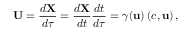
\mathbf { U } = { \frac { d \mathbf { X } } { d \tau } } = { \frac { d \mathbf { X } } { d t } } { \frac { d t } { d \tau } } = \gamma ( \mathbf { u } ) \left( c , \mathbf { u } \right) ,